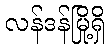
လန်ဒန်မြို့ရှိ